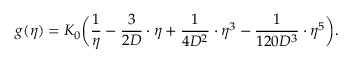
g ( \eta ) = K _ { 0 } \bigg ( \frac { 1 } { \eta } - \frac { 3 } { 2 D } \cdot \eta + \frac { 1 } { 4 D ^ { 2 } } \cdot \eta ^ { 3 } - \frac { 1 } { 1 2 0 D ^ { 3 } } \cdot \eta ^ { 5 } \bigg ) .